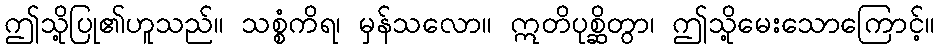
ဤသို့ပြု၏ဟူသည်။ သစ္စံကိရ၊ မှန်သလော။ ဣတိပုစ္ဆိတွာ၊ ဤသို့မေးသောကြောင့်။